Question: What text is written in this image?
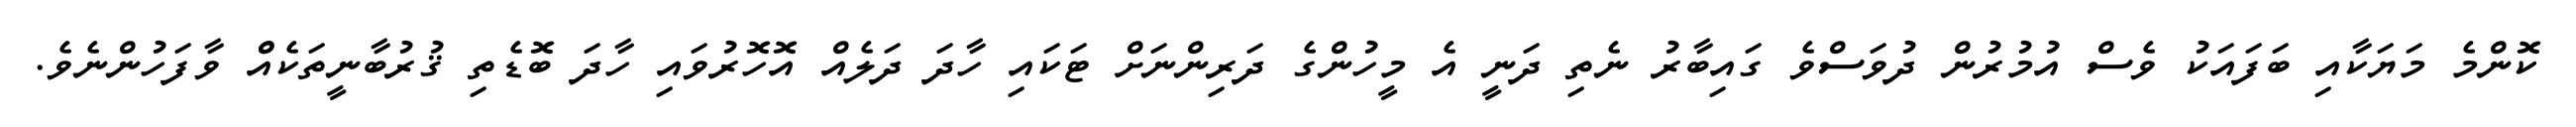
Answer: ކޮންމެ މަޔަކާއި ބަފައަކު ވެސް އުމުރުން ދުވަސްވެ ގައިބާރު ނެތި ދަނީ އެ މީހުންގެ ދަރިންނަށް ޓަކައި ހާދަ ދަލެއް އޮހޮރުވައި ހާދަ ބޮޑެތި ޤުރުބާނީތަކެއްް ވާފަހުންނެވެ.